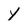
Character: y